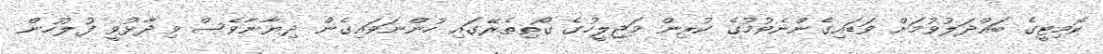
ކޮމިޓީގެ ބައްދަލުވުމަށް ވަޑައިގެންނެވުމުގެ ކުރިން މަޖިލީހުގެ ގޯތިތެރޭގައި ހުންނަވައިގެން ދިޔާނާވެސް ވިދާޅުވީ ފުލުހުން